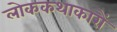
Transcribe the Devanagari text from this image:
लोककथाकारों